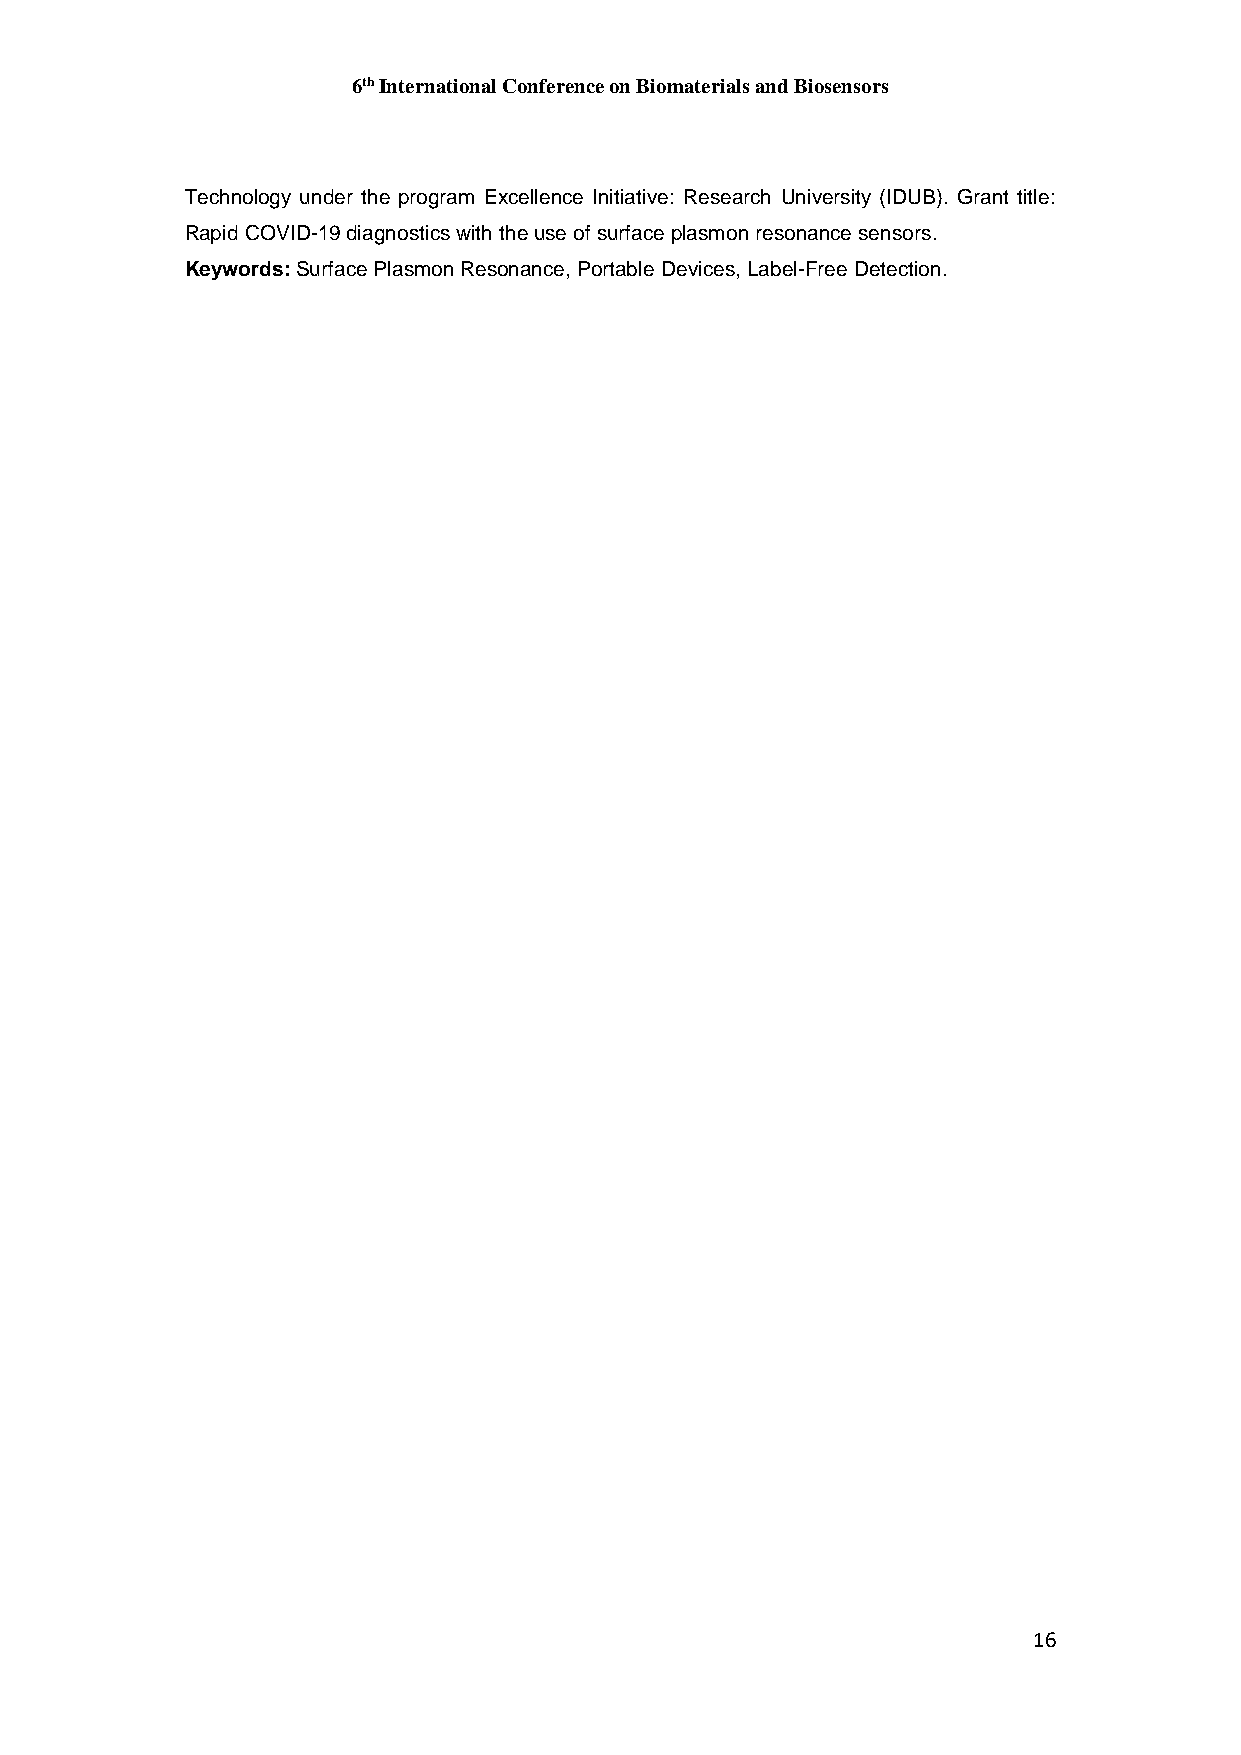
6th International Conference on Biomaterials and Biosensors
 Technology under the program Excellence Initiative: Research University (IDUB). Grant title:
 Rapid COVID-19 diagnostics with the use of surface plasmon resonance sensors.
 Keywords: Surface Plasmon Resonance, Portable Devices, Label-Free Detection.
 16